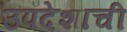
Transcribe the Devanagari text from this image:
उपदेशाची